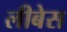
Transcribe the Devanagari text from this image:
लीबेस